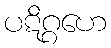
ပဋိဂ္ဂဟေ